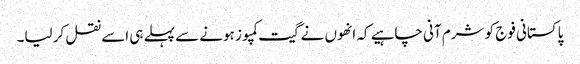
پاکستانی فوج کو شرم آنی چاہیے کہ انھوں نے گیت کمپوز ہونے سے پہلے ہی اسے نقل کر لیا۔